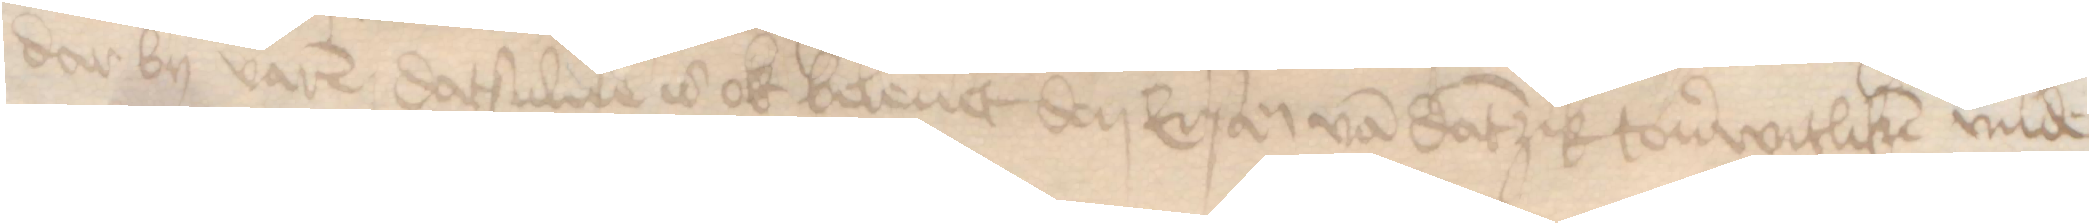
dar by varen datsulue is ok beleuet den Ersamen van Dantzik touerwitliken vnde